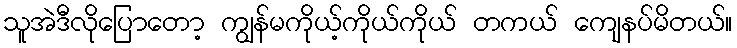
သူအဲဒီလိုပြောတော့ ကျွန်မကိုယ့်ကိုယ်ကိုယ် တကယ် ကျေနပ်မိတယ်။